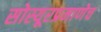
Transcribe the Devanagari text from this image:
सोस्यूरप्रमाणेच